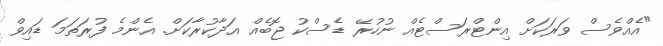
"އެއްވެސް ވަރަކަށް އިންޓްރަސްޓެއް ނުހުރޭ ޑެސްކު ޖޮބެއް އަދާކުރާކަށް. އެންމެ ފުރަތަމަ ޑައިވް